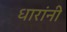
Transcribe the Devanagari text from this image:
धारांनी